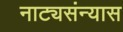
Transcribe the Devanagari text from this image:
नाट्यसंन्यास